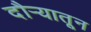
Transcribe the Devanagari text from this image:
दौर्‍यातून